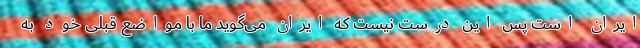
ایران است پس این درست نیست که ایران می‌گوید ما با مواضع قبلی خود به